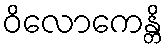
ဝိလောကေန္တိ